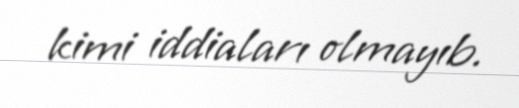
kimi iddiaları olmayıb.